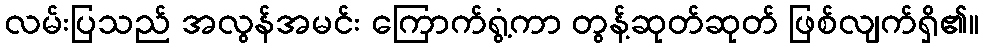
လမ်းပြသည် အလွန်အမင်း ကြောက်ရွံ့ကာ တွန့်ဆုတ်ဆုတ် ဖြစ်လျက်ရှိ၏။